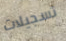
تسجيلات